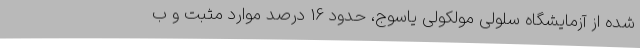
شده از آزمایشگاه سلولی مولکولی یاسوج، حدود 16 درصد موارد مثبت و ب